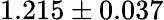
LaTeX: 1.215\pm 0.037